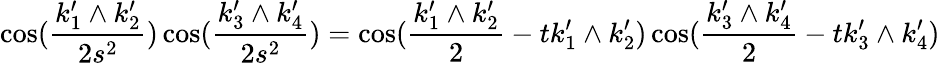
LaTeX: \cos(\frac{k_{1}^{\prime}\wedge k_{2}^{\prime}}{2s^{2}})\cos(\frac{k_{3}^{\prime}\wedge k_{4}^{\prime}}{2s^{2}})=\cos(\frac{k_{1}^{\prime}\wedge k_{2}^{\prime}}{2}-tk_{1}^{\prime}\wedge k_{2}^{\prime})\cos(\frac{k_{3}^{\prime}\wedge k_{4}^{\prime}}{2}-tk_{3}^{\prime}\wedge k_{4}^{\prime})